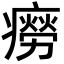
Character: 癆